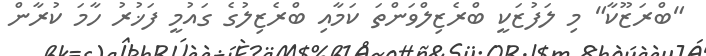
"ބްރަޒޫކާ" މި ލަފުޒަކީ ބްރެޒިލްވަންތަ ކަމާއި ބްރެޒިލުގެ ގައުމީ ފަޚުރު ހާމަ ކުރާން